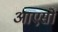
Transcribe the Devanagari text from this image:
आएसो